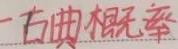
古典概率